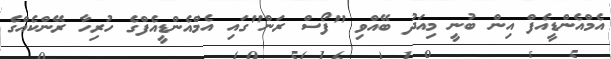
އެމްއެންޑީއެފް އިން ބުނީ މިއަދު ބޭއްވި "ފޯސް ރަން"ގައި އެމްއެންޑީއެފްގެ ހުރިހާ ރޭންކެއްގެ